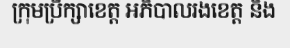
ក្រុមប្រឹក្សាខេត្ត អភិបាលរងខេត្ត និង